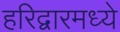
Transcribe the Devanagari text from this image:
हरिद्वारमध्ये